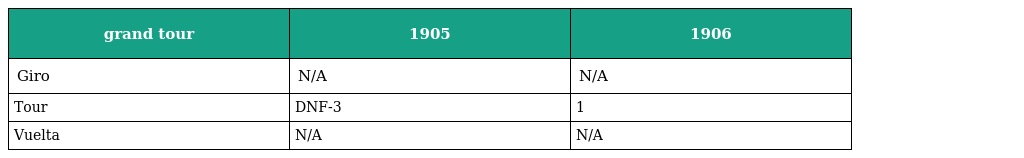
| grand tour | 1905 | 1906 |
 | --- | --- | --- |
 | Giro | N/A | N/A |
 | Tour | DNF-3 | 1 |
 | Vuelta | N/A | N/A |